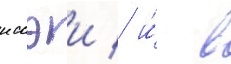
иссэи / и́ в